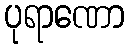
ပုရာဏော